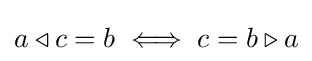
a\triangleleft c=b\iff c=b\triangleright a